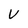
Character: V